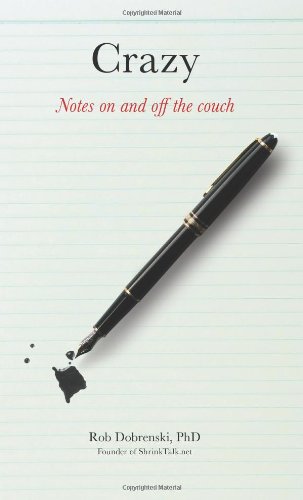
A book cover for Crazy: Notes On And Off The Couch; Rob Dobrenski; Biographies & Memoirs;